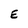
Character: E